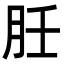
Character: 䏕